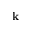
\mathbf { k }